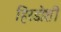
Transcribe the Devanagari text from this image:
हिरडोशी